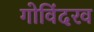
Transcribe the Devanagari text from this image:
गोविंदरव